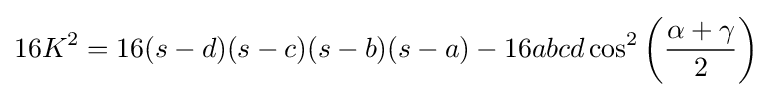
16K^{2}=16(s-d)(s-c)(s-b)(s-a)-16abcd\cos ^{2}\left({\frac {\alpha +\gamma }{2}}\right)